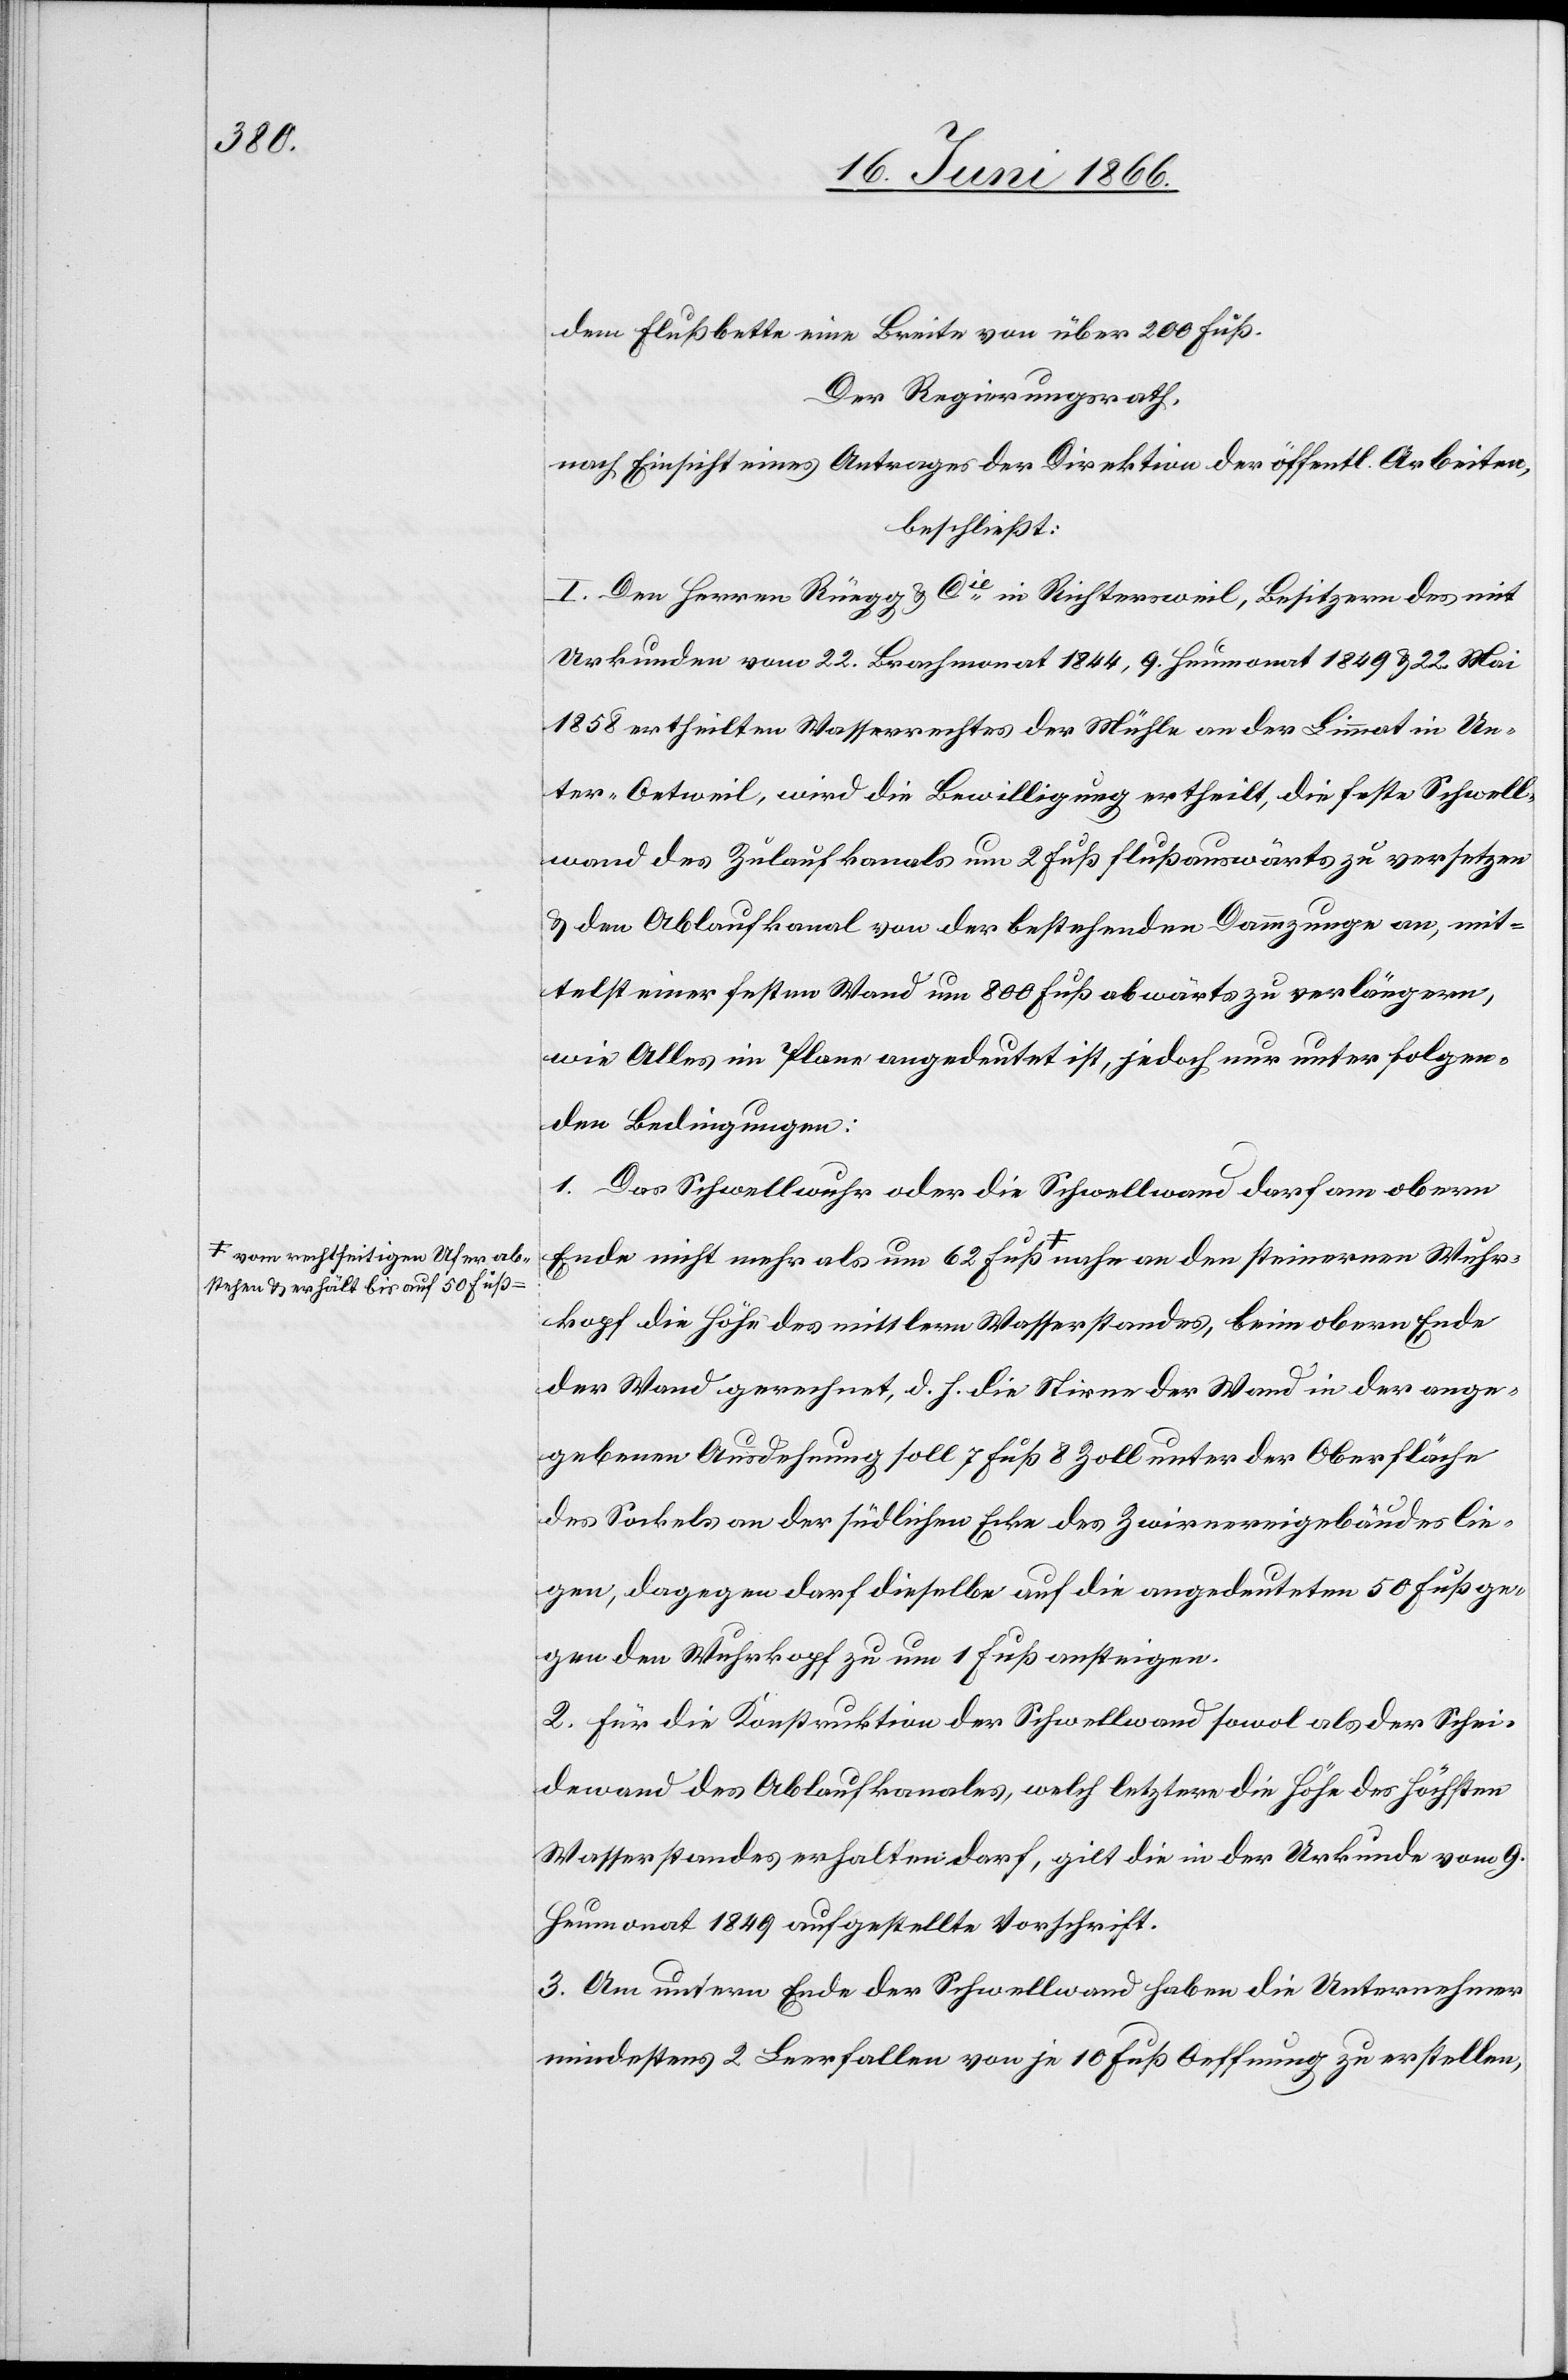
Wuhr¬

a-vom rechtseitigen Ufer ab¬
stehen u. erhält bis auf 50 Fuß

dem Flußbette eine Breite von über 200 Fuß.
Der Regierungsrath,
nach Einsicht eines Antrages der Direktion der öffentl. Arbeiten,
beschließt:
I. Den Herren Rüegg & Cie. in Richtersweil, Besitzern des mit
Urkunden vom 22. Brachmonat 1858 ertheilten Wasserrechtes der Mühle
Unter-Oetweil, wird die Bewilligung ertheilt, die feste Schwell¬
wand des Zulaufkanals um 2 Fuß flußauswärts zu versetzen
u. den Ablaufkanal von der bestehenden Dammzunge an, mit¬
telst einer festen Wand um 800 Fuß abwärts zu verlängern,
wie Alles im Plane angedeutet ist, jedoch nur unter folgen¬
den Bedingungen:
1. Das Schwellwuhr oder die Schwellwand darf am obern
kopf die Höhe des mittlern Wasserstandes, beim obern Ende
der Wand gerechnet, d. h. die Stirne der Wand in der ange¬
gebenen Ausdehnung soll 7 Fuß 8 Zoll unter der Oberfläche
des Sockels an der südlichen Ecke des Zwirrereigebäudes lie¬
gen, dagegen darf dieselbe auf die angedeuteten 50 Fuß ge¬
gen den Wuhrkopf zu um 1 Fuß ansteigen.
2. Für die Konstruktion der Schwellwand sowol als der Schei¬
dewand des Ablaufkanales, welch letztere die Höhe der höchsten
Wasserstandes erhalten darf, gilt die in der Urkunde vom 9.
Heumonat 1849 aufgestellte Vorschrift.
3. Am untern Ende der Schwellwand haben die Unternehmer
mindestens 2 Leerfallen von je 10 Fuß Oeffnung zu erstellen